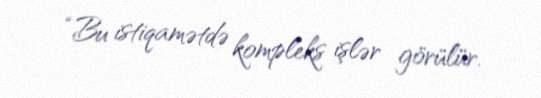
“Bu istiqamətdə kompleks işlər görülür.